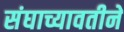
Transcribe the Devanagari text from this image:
संघाच्यावतीने